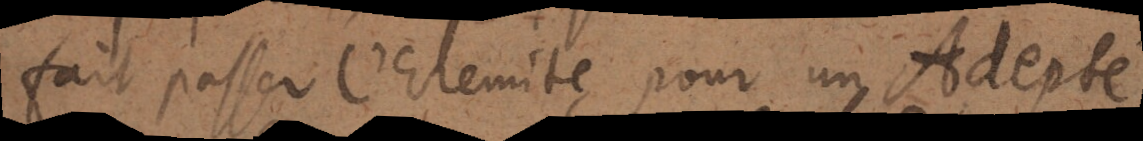
fait passer l’Eremite pour un Adepte.